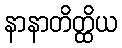
နာနာတိတ္ထိယ